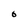
Character: 6